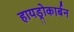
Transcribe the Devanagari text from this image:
हायड्रोकार्बन